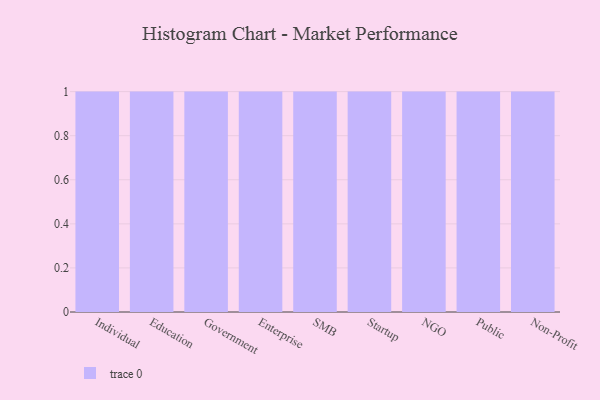
{"axis": {"x": "Segment", "y": "Revenue (USD Million)"}, "legend": [""], "data": [{"x": "Individual", "y": 19, "type": ""}, {"x": "Education", "y": 78, "type": ""}, {"x": "Government", "y": 4, "type": ""}, {"x": "Enterprise", "y": 44, "type": ""}, {"x": "SMB", "y": 18, "type": ""}, {"x": "Startup", "y": 48, "type": ""}, {"x": "NGO", "y": 67, "type": ""}, {"x": "Public", "y": 71, "type": ""}, {"x": "Non-Profit", "y": 93, "type": ""}]}